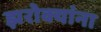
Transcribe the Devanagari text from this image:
झरोक्यांना